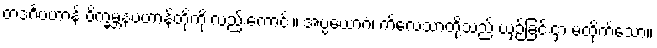
တဒင်္ဂပဟာန် ဝိက္ခမ္ဘနပဟာန်တို့ကို လည်းကောင်း။ အပ္ပယောဂံ၊ ကိလေသာတို့သည် ယှဉ်ခြင်းငှာ မထိုက်သော။